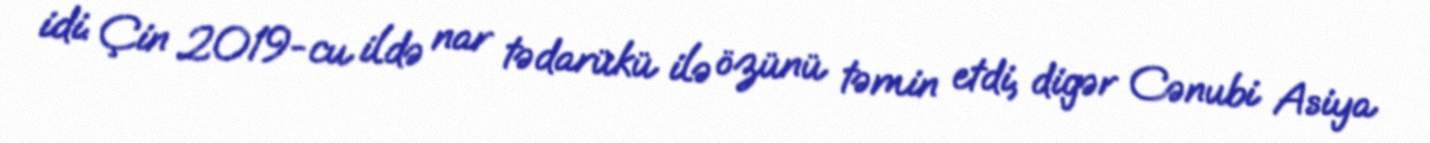
idi. Çin 2019-cu ildə nar tədarükü ilə özünü təmin etdi, digər Cənubi Asiya